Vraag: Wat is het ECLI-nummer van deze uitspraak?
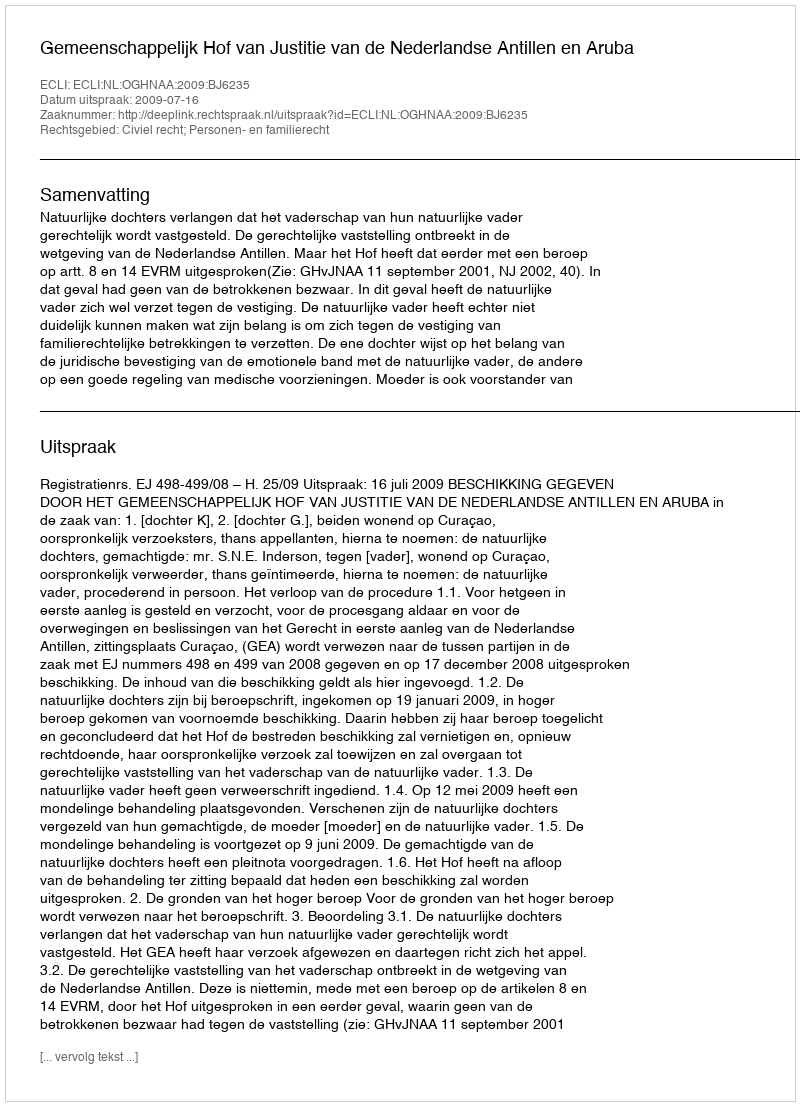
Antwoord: ECLI:NL:OGHNAA:2009:BJ6235